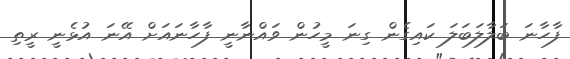
ފާހާނަ ބަލާލަބަލަ ކައިގެން ގިނަ މީހުން ވައްނާނީ ފާހާނައަށް އޭނަ އުޅެނީ ރީތި